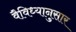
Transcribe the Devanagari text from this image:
वैविध्यानुसार